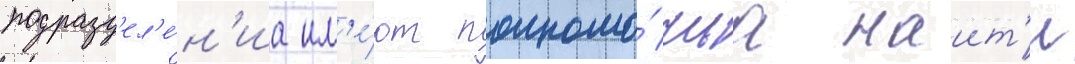
подразд'ел'е́н'иа им'е́ют полномо́чиа наит'и